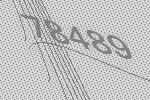
78489